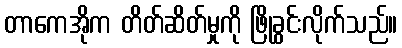
တာကေအိုက တိတ်ဆိတ်မှုကို ဖြိုခွင်းလိုက်သည်။